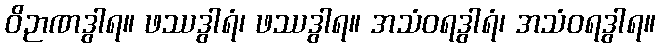
ဝိဉာဏဒွါရ။ ဖဿဒွါရံ၊ ဖဿဒွါရ။ အသံဝရဒွါရံ၊ အသံဝရဒွါရ။